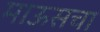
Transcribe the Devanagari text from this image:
माऊसचा